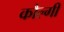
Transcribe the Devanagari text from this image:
कौल्गी